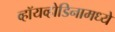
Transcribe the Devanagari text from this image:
व्हॉयव्होडिनामध्ये